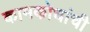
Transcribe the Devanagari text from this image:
कामकोधांची